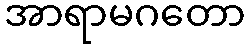
အာရာမဂတော